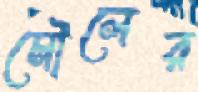
মৌলের